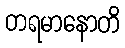
တရမာနောတိ